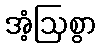
အံ့ဩစွာ